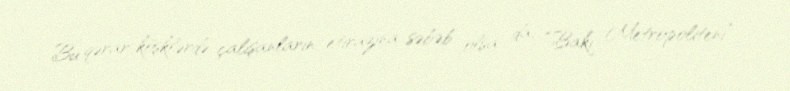
Bu qərar köşklərdə çalışanların etirazına səbəb olsa da, “Bakı Metropoliteni”